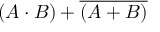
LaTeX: ( A \cdot B ) + { \overline { { ( A + B ) } } }